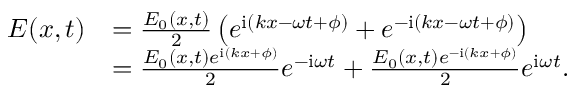
\begin{array} { r l } { E ( x , t ) } & { = \frac { E _ { 0 } ( x , t ) } { 2 } \left( e ^ { \mathrm { { i } } ( k x - \omega t + \phi ) } + e ^ { - { \mathrm { i } } ( k x - \omega t + \phi ) } \right) } \\ & { = \frac { E _ { 0 } ( x , t ) e ^ { \mathrm { { i } } ( k x + \phi ) } } { 2 } e ^ { - { \mathrm { i } } \omega t } + \frac { E _ { 0 } ( x , t ) e ^ { - \mathrm { { i } } ( k x + \phi ) } } { 2 } e ^ { { \mathrm { i } } \omega t } . } \end{array}